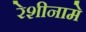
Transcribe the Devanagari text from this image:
रेशीनामे